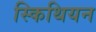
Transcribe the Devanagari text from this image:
स्किथियन